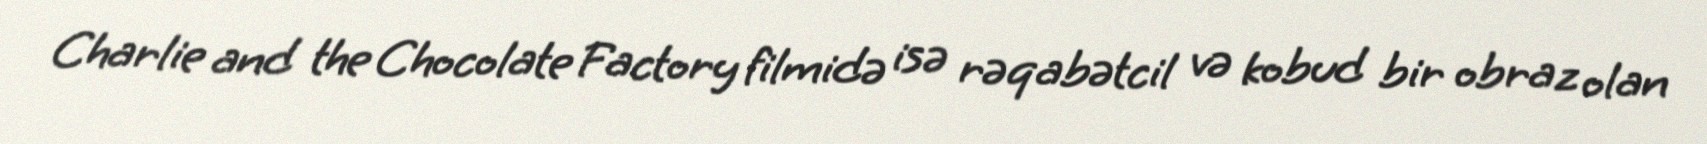
Charlie and the Chocolate Factory filmidə isə rəqabətcil və kobud bir obraz olan